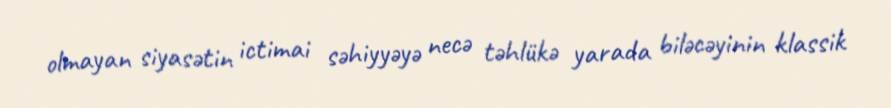
olmayan siyasətin ictimai səhiyyəyə necə təhlükə yarada biləcəyinin klassik